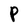
Character: P